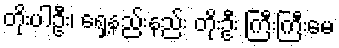
တိုးပါဦး၊ ရှေ့နည်းနည်း တိုးဦး ကြီးကြီးမေ